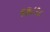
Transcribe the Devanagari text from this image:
१७८२८